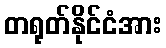
တရုတ်နိုင်ငံအား